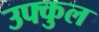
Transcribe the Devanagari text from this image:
उफ्कुल